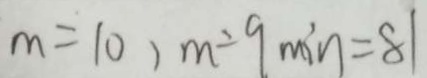
m = 1 0 ) m \div 9 \min = 8 1